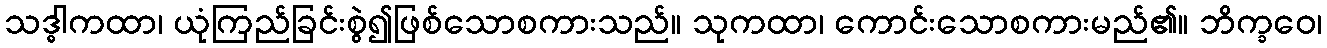
သဒ္ဓါကထာ၊ ယုံကြည်ခြင်းစွဲ၍ဖြစ်သောစကားသည်။ သုကထာ၊ ကောင်းသောစကားမည်၏။ ဘိက္ခဝေ၊